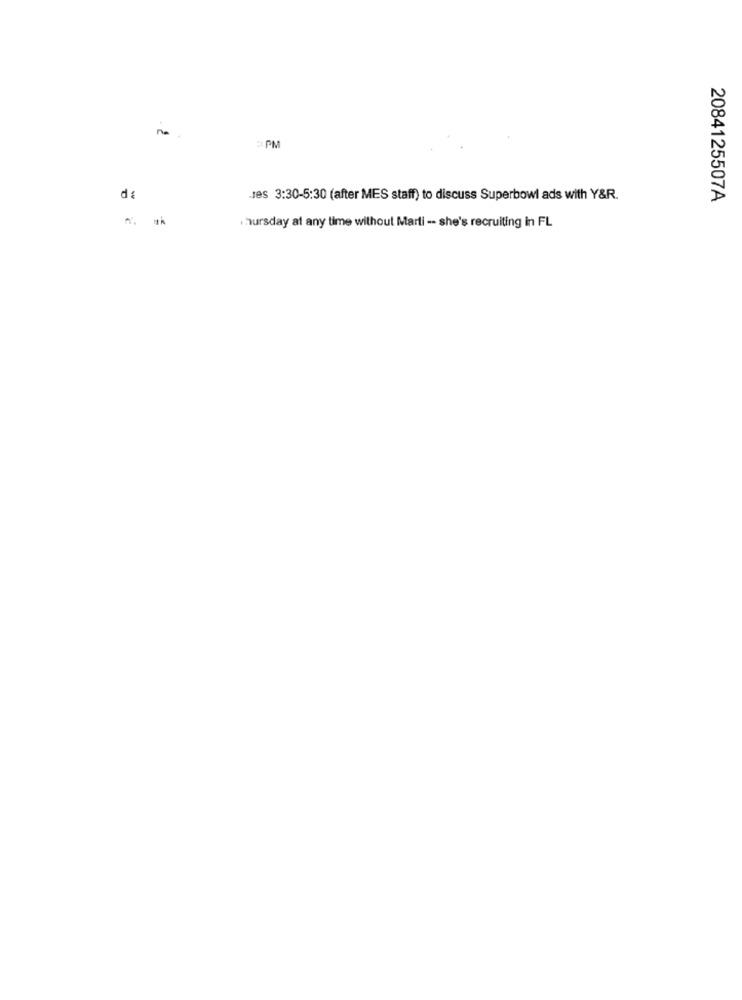
ne
d :
Jes 3:30-5:30 (after MES staff) to discuss Superbowl ads with Y&R.
2084125507A
Thursday at any time without Marti -- she's recruiting in FL